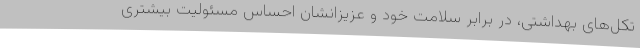
تکل‌های بهداشتی، در برابر سلامت خود و عزیزانشان احساس مسئولیت بیشتری